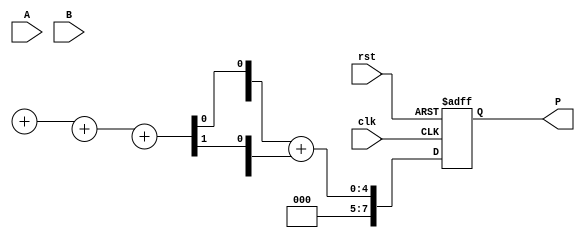
module wallace_tree_multiplier #(parameter N = 4) (
    input  wire [N-1:0] A,       // First operand
    input  wire [N-1:0] B,       // Second operand
    input  wire clk,              // Clock signal
    input  wire rst,              // Reset signal
    output reg [2*N-1:0] P       // Product output
);
    // Intermediate signals for partial products
    wire [N-1:0] pp [0:N-1]; // Partial products
    wire [N-1:0] sum [0:N];  // Sums at each stage
    wire [N-1:0] carry [0:N]; // Carries at each stage

    // Generate partial products
    genvar i;
    generate
        for (i = 0; i < N; i = i + 1) begin : pp_gen
            assign pp[i] = A & {N{B[i]}};
        end
    endgenerate

    // Wallace tree reduction stages
    integer j, k;
    always @(posedge clk or posedge rst) begin
        if (rst) begin
            P <= 0;
        end else begin
            // Stage 1: Combine partial products using HAs and FAs
            for (j = 0; j < N; j = j + 1) begin
                if (j % 2 == 0) begin
                    {carry[0][j/2], sum[0][j/2]} = pp[j] + pp[j+1]; // Full Adder for pairs
                end else begin
                    {carry[0][(j-1)/2], sum[0][(j-1)/2]} = {1'b0, pp[j]} + {1'b0, pp[j+1]}; // Half Adder
                end
            end

            // Further stages of reduction
            for (k = 1; k < N; k = k + 1) begin
                for (j = 0; j < (N-k); j = j + 1) begin
                    if (j % 2 == 0) begin
                        {carry[k][j/2], sum[k][j/2]} = sum[k-1][j] + sum[k-1][j+1]; // Full Adder
                    end else begin
                        {carry[k][(j-1)/2], sum[k][(j-1)/2]} = {1'b0, sum[k-1][j]} + {1'b0, sum[k-1][j+1]}; // Half Adder
                    end
                end
            end

            // Final addition
            P <= sum[N-1] + carry[N-1];
        end
    end
endmodule